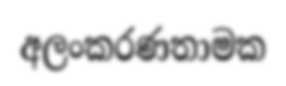
අලංකරණතාමක